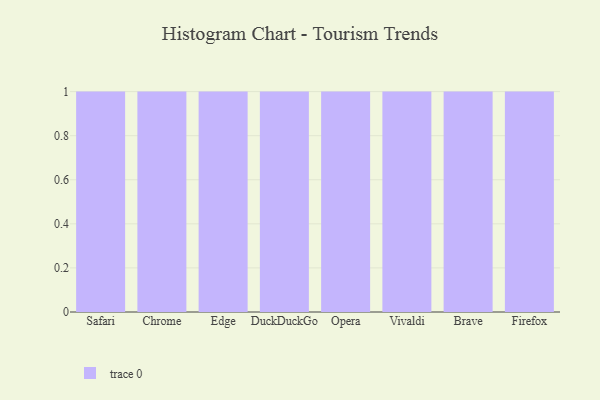
{"axis": {"x": "Browser", "y": "Customer Acquisition Cost (USD)"}, "legend": [""], "data": [{"x": "Safari", "y": 34, "type": ""}, {"x": "Chrome", "y": 92, "type": ""}, {"x": "Edge", "y": 17, "type": ""}, {"x": "DuckDuckGo", "y": 45, "type": ""}, {"x": "Opera", "y": 79, "type": ""}, {"x": "Vivaldi", "y": 92, "type": ""}, {"x": "Brave", "y": 22, "type": ""}, {"x": "Firefox", "y": 76, "type": ""}]}